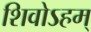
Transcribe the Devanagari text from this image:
शिवोऽहम्